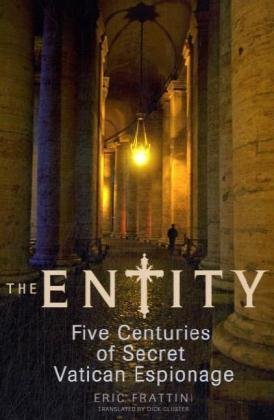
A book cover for The Entity: Five Centuries of Secret Vatican Espionage; Eric Frattini; Travel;